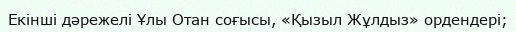
Екінші дәрежелі Ұлы Отан соғысы, «Қызыл Жұлдыз» ордендері;